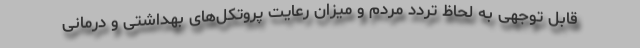
قابل توجهی به لحاظ تردد مردم و میزان رعایت پروتکل‌های بهداشتی و درمانی